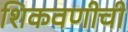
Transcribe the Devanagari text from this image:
शिकवणीची